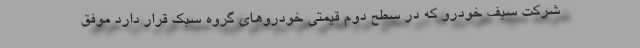
شرکت سیف خودرو که در سطح دوم قیمتی خودروهای گروه سبک قرار دارد موفق